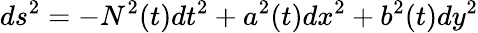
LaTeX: ds^{2}=-N^{2}(t)dt^{2}+a^{2}(t)dx^{2}+b^{2}(t)dy^{2}